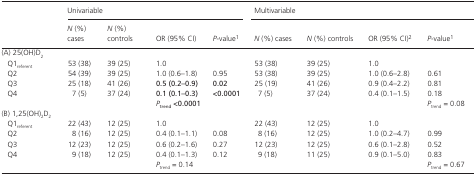
<table><thead><tr><td rowspan="2"></td><td colspan="4"><b>Univariable</b></td><td colspan="4"><b>Multivariable</b></td></tr><tr><td><b><i>N</i> (%) cases</b></td><td><b><i>N</i> (%) controls</b></td><td><b>OR (95% CI)</b></td><td><b><i>P</i>‐valuea</b></td><td><b><i>N</i> (%) cases</b></td><td><b><i>N</i> (%) controls</b></td><td><b>OR (95% CI)b</b></td><td><b><i>P</i>‐valuea</b></td></tr></thead><tbody><tr><td colspan="9">(A) 25(OH)D<sub>2</sub></td></tr><tr><td>Q1<sub>referent</sub></td><td>53 (38)</td><td>39 (25)</td><td>1.0</td><td></td><td>53 (38)</td><td>39 (25)</td><td>1.0</td><td></td></tr><tr><td>Q2</td><td>54 (39)</td><td>39 (25)</td><td>1.0 (0.6–1.8)</td><td>0.95</td><td>53 (38)</td><td>39 (25)</td><td>1.0 (0.6–2.8)</td><td>0.61</td></tr><tr><td>Q3</td><td>25 (18)</td><td>41 (26)</td><td><b>0.5 (0.2–0.9)</b></td><td><b>0.02</b></td><td>25 (19)</td><td>41 (26)</td><td>0.9 (0.4–2.2)</td><td>0.81</td></tr><tr><td>Q4</td><td>7 (5)</td><td>37 (24)</td><td><b>0.1 (0.1–0.3)</b></td><td><b>&lt;0.0001</b></td><td>7 (5)</td><td>37 (24)</td><td>0.4 (0.1–1.5)</td><td>0.18</td></tr><tr><td></td><td></td><td></td><td colspan="2"><i><b>P</b></i><sub><b>trend</b></sub><b>&lt;0.0001</b></td><td></td><td></td><td></td><td><i>P</i><sub>trend</sub> = 0.08</td></tr><tr><td colspan="9">(B) 1,25(OH)<sub>2</sub>D<sub>2</sub></td></tr><tr><td>Q1<sub>referent</sub></td><td>22 (43)</td><td>12 (25)</td><td>1.0</td><td></td><td>22 (43)</td><td>12 (25)</td><td>1.0</td><td></td></tr><tr><td>Q2</td><td>8 (16)</td><td>12 (25)</td><td>0.4 (0.1–1.1)</td><td>0.08</td><td>8 (16)</td><td>12 (25)</td><td>1.0 (0.2–4.7)</td><td>0.99</td></tr><tr><td>Q3</td><td>12 (23)</td><td>12 (25)</td><td>0.6 (0.2–1.6)</td><td>0.27</td><td>12 (23)</td><td>12 (25)</td><td>0.6 (0.1–2.8)</td><td>0.52</td></tr><tr><td>Q4</td><td>9 (18)</td><td>12 (25)</td><td>0.4 (0.1–1.3)</td><td>0.12</td><td>9 (18)</td><td>11 (25)</td><td>0.9 (0.1–5.0)</td><td>0.83</td></tr><tr><td></td><td></td><td></td><td colspan="2"><i>P</i><sub>trend</sub> = 0.14</td><td></td><td></td><td></td><td><i>P</i><sub>trend</sub> = 0.67</td></tr></tbody></table>